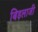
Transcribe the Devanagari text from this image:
बिड़लाजी